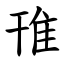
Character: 䧲